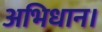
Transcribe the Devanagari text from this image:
अभिधान।